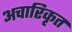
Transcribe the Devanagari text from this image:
अचारिकृत